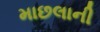
માછલાની